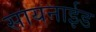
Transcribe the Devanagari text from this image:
सायनाईड